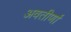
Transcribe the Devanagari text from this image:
अवतीर्णा